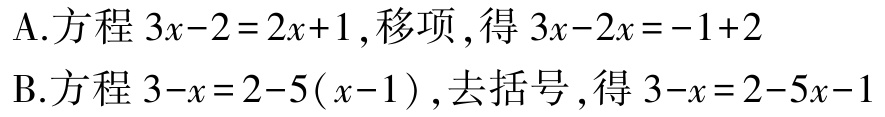
A.方程\(3x - 2 = 2x + 1\),移项,得\(3x - 2x = -1 + 2\)

B.方程\(3 - x = 2 - 5(x - 1)\),去括号,得\(3 - x = 2 - 5x - 1\)